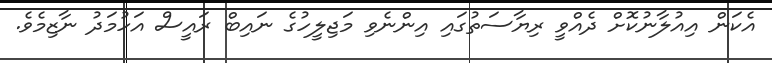
އެކަން އިއުލާނުކޮށް ދެއްވީ ރިޔާސަތުގައި އިންނެވި މަޖިލީހުގެ ނައިބް ރައީސް އަހުމަދު ނާޒިމެވެ.